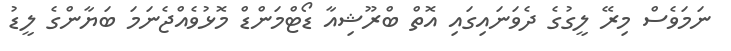
ނަމަވެސް މިރޭ ލީގުގެ ދެވަނައިގައި އޮތް ބްރޫޝިއާ ޑޯޓްމަންޑް މޮޅުވެއްޖެނަމަ ބަޔާންގެ ލީޑު